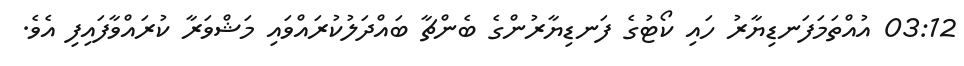
03:12 އުއްތަމަފަނޑިޔާރު ހައި ކޯޓުގެ ފަނޑިޔާރުންގެ ބެންޗާ ބައްދަލުކުރައްވައި މަޝްވަރާ ކުރައްވާފައިފި އެވެ.